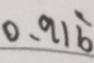
0 . 9 1 \dot { 6 }